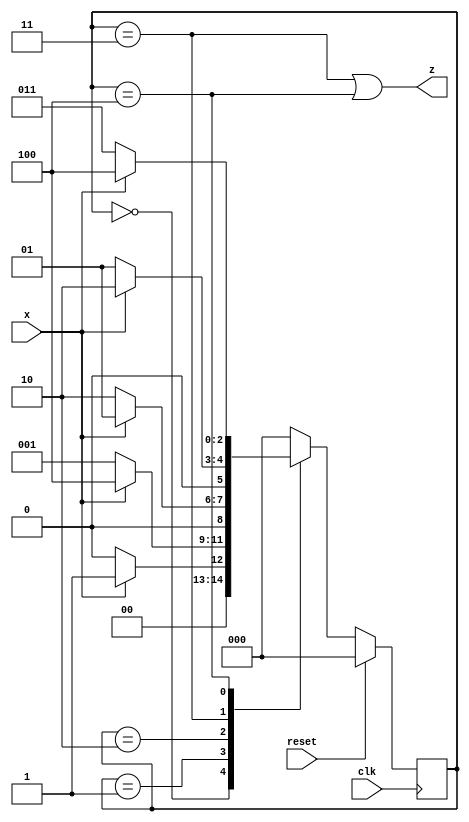
//
//
// https://hdlbits.01xz.net/wiki/Exams/2014_q3bfsm
//
//

`default_nettype none

module top_module (
    input           clk,
    input           reset,
    input           x,
    output          z
);

    parameter       S0  = 3'b000,
                    S1  = 3'b001,
                    S2  = 3'b010,
                    S3  = 3'b011,
                    S4  = 3'b100;

    reg     [2:0]   state;
    reg     [2:0]   state_next;

    always @(posedge clk) begin
        if (reset)
            state <= S0;
        else
            state <= state_next;
    end

    always @(*) begin
        case (state)
        S0          : state_next = x ? S1 : S0;
        S1          : state_next = x ? S4 : S1;
        S2          : state_next = x ? S1 : S2;
        S3          : state_next = x ? S2 : S1;
        S4          : state_next = x ? S4 : S3; 
        default     : state_next = S0;
        endcase
    end

    assign z = (state == S3) | (state == S4);

endmodule